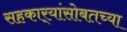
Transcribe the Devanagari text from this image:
सहकार्‍यांसोबतच्या